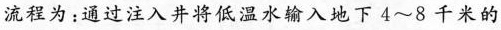
流程为：通过注入井将低温水输入地下4~8千米的